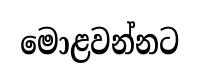
මොළවන්නට